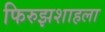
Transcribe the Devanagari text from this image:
फिरुझशाहला